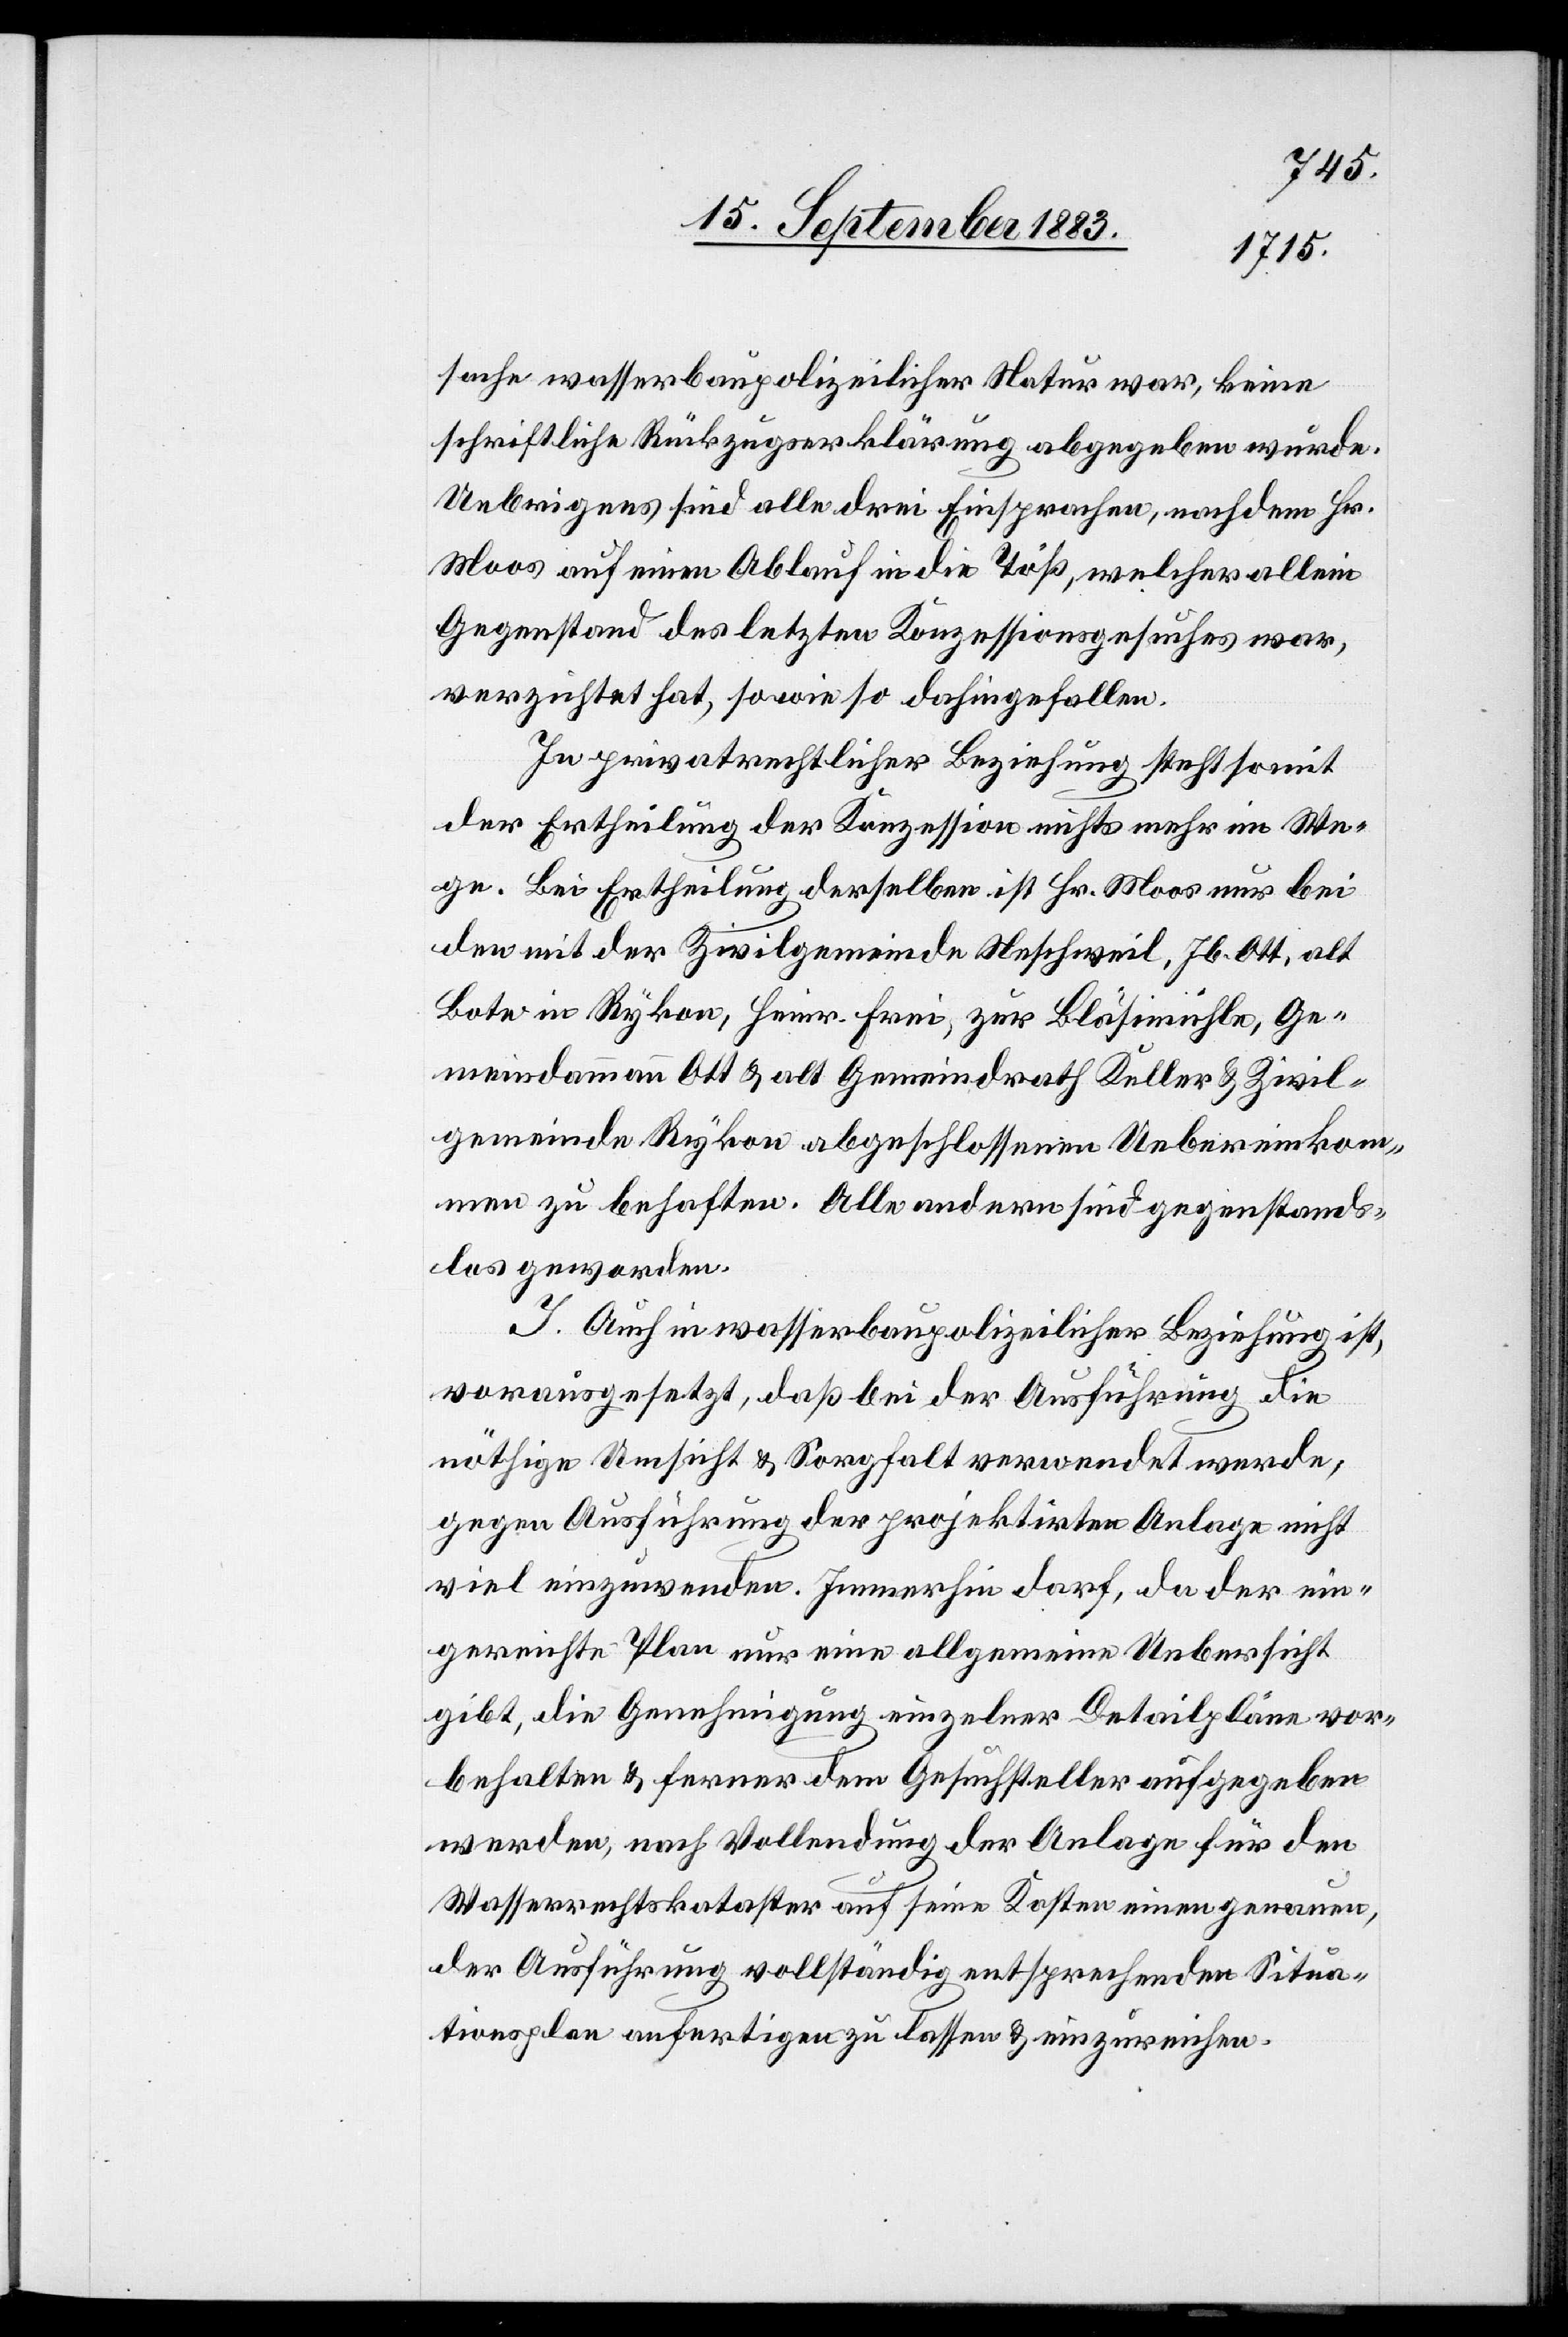
sache wasserbaupolizeilicher Natur war, keine
schriftliche Rückzugserklärung abgegeben wurde.
Uebrigens sind alle drei Einsprachen, nachdem Hr.
Moos auf einen Ablauf in die Töß, welcher allein
Gegenstand des letzten Konzessionsgesuches war,
verzichtet hat, sowie so dahingefallen.
In privatrechtlicher Beziehung steht somit
der Ertheilung der Konzession nichts mehr im We¬
ge. Bei Ertheilung derselben ist Hr. Moos nur bei
den mit der Zivilgemeinde Neschweil, Jb. Ott, alt
Bote in Rykon, Heinr. Frei, zu Bläsimühle, Ge¬
meindammann Ott & alt Gemeindrath Keller & Zivil¬
gemeinde Rykon abgeschlossenen Uebereinkom¬
men zu behaften. Alle andern sind gegenstand¬
los geworden.
J. Auch in wasserbaupolizeilicher Beziehung ist,
vorausgesetzt, daß bei der Ausführung die
nöthige Umsicht & Sorgfalt verwendet werde,
gegen Ausführung der projektirten Anlage nicht
viel einzuwenden. Immerhin darf, da der ein¬
gereichte Plan nur eine allgemeine Uebersicht
gibt, die Genehmigung einzelner Detailpläne vor¬
behalten & ferner dem Gesuchsteller aufgegeben
werden, nach Vollendung der Anlage für den
Wasserrechtskataster auf seine Kosten einen genauen,
der Ausführung vollständig entsprechenden Situa¬
tionsplan anfertigen zu lassen & einzureichen.